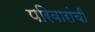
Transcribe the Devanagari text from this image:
परिवारांची